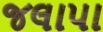
જલાપા